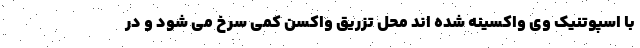
با اسپوتنیک وی واکسینه شده اند محل تزریق واکسن کمی سرخ می شود و در